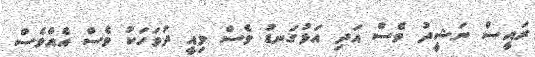
ރައީސް ނަޝީދު ވެސް އަދި އަޅުގަނޑު ވެސް މިއީ ދުވަހަކު ވެސް އެއްވެސް